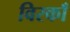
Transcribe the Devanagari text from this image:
विरकाँ